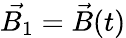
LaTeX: \vec{B_{\mathrm{1}}}=\vec{B}(t)